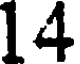
14